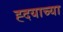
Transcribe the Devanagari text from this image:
ह्दयाच्या